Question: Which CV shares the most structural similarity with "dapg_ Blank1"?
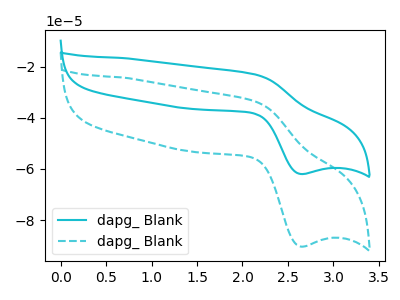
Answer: <think>The cyan curve "dapg_ Blank1" has an anodic peak at (2.15V, -23.05uA) and a cathodic peak at (2.65V, -61.95uA). The cyan dashed curve "dapg_ Blank2" has an anodic peak at (2.15V, -33.65uA) and a cathodic peak at (2.65V, -90.35uA).
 All the peaks in "dapg_ Blank1" have a peak in "dapg_ Blank2" at the same potential.</think>
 <answer>The CV with the most similar shape to "dapg_ Blank2" is "dapg_ Blank1".</answer>
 <eval>"dapg_ Blank1"</eval>